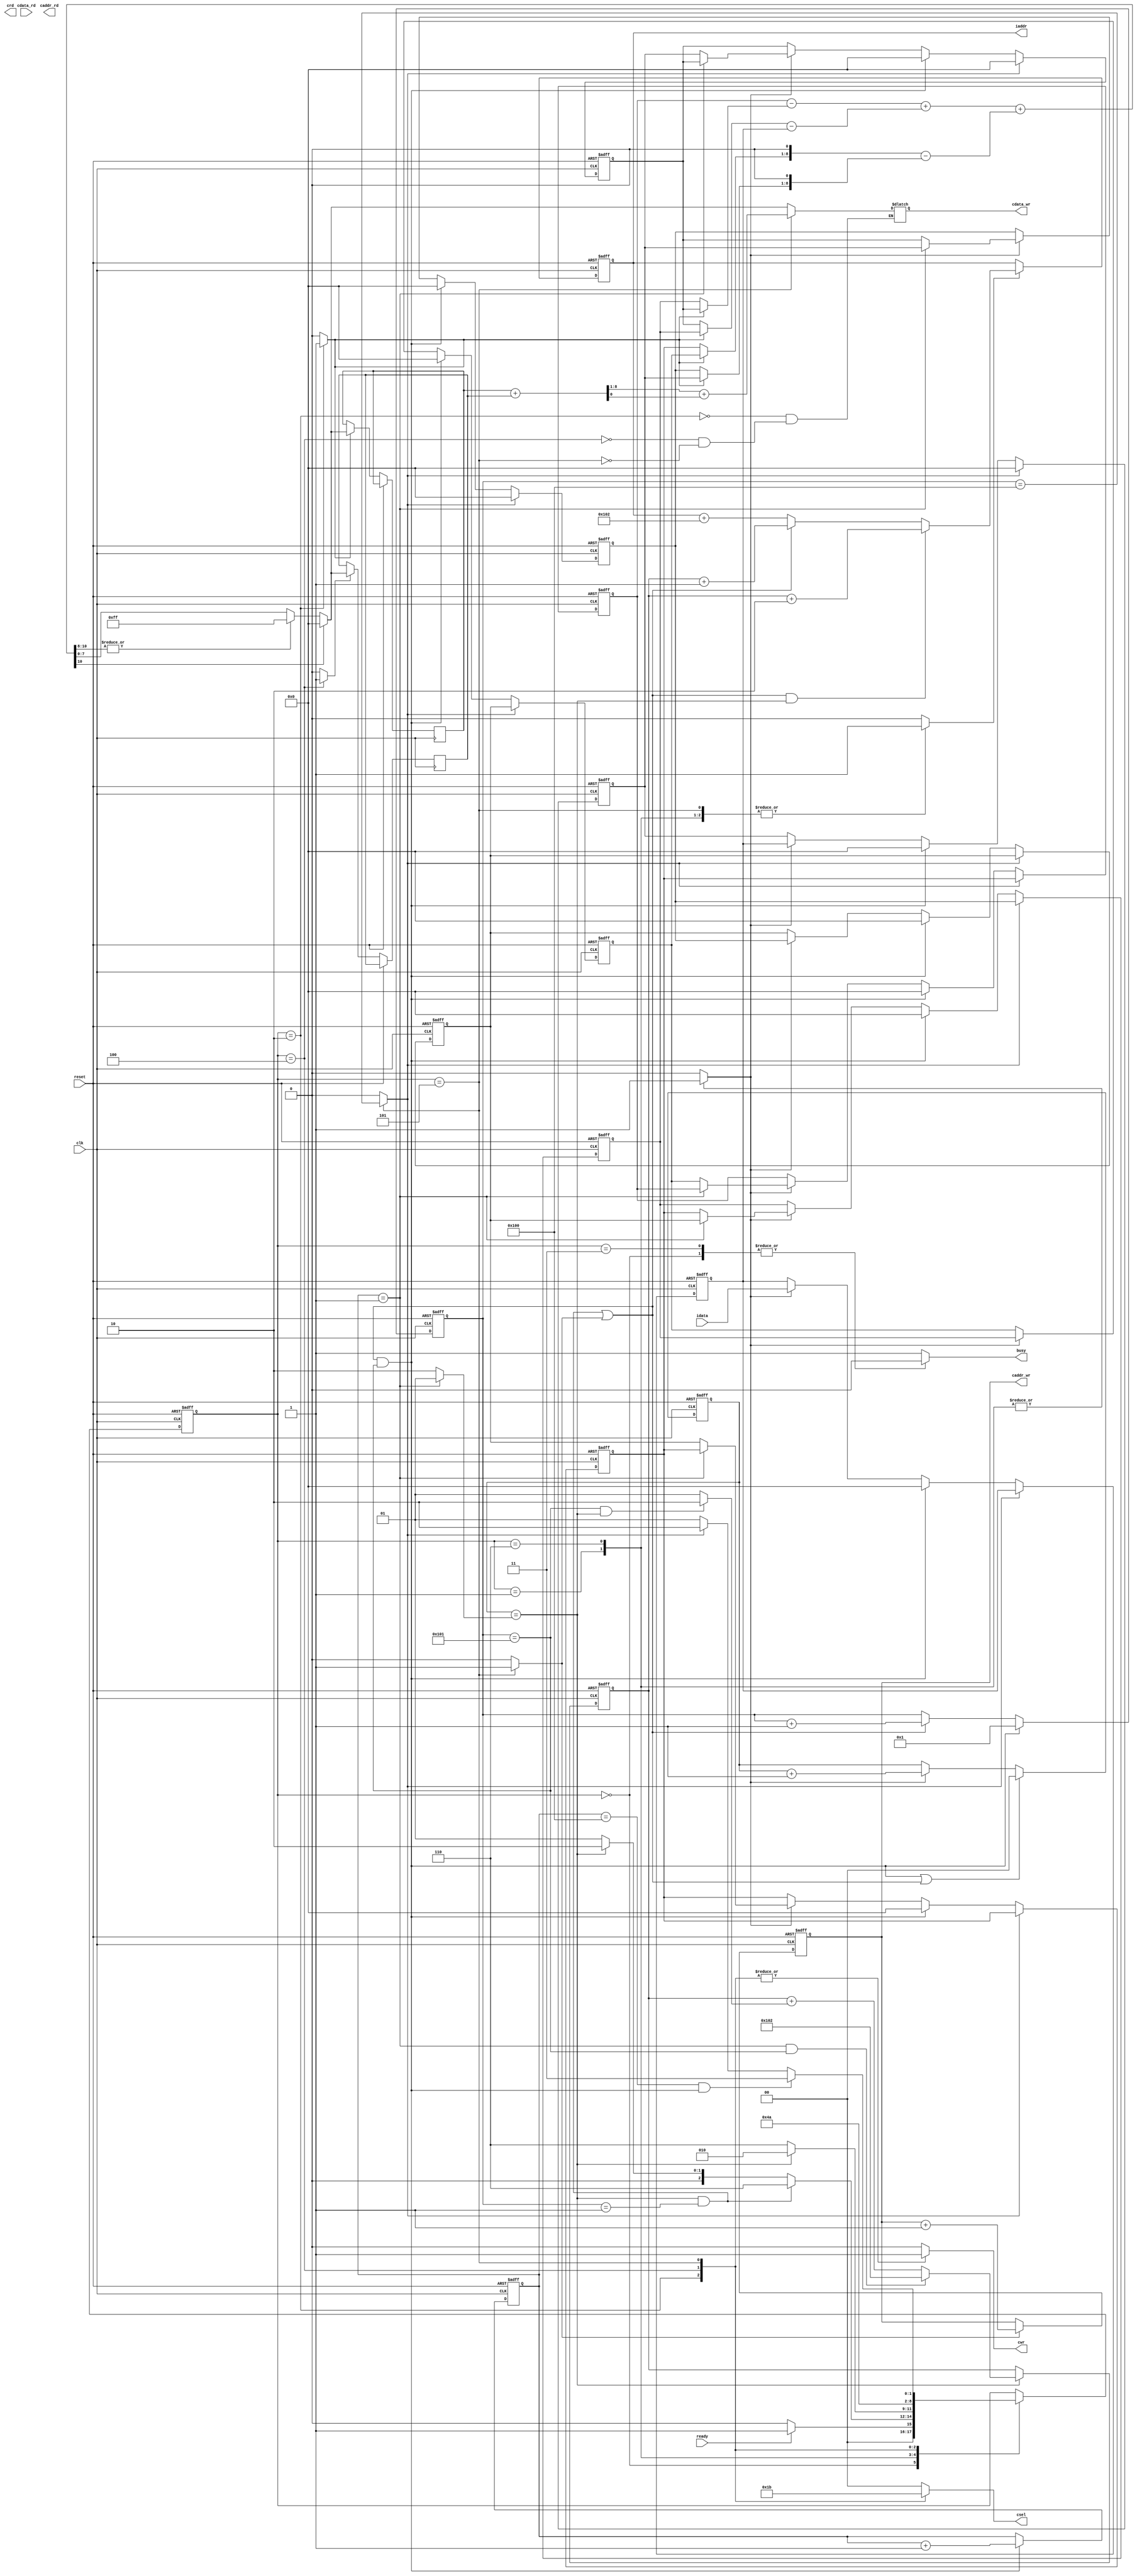

`timescale 1ns/10ps

module  SOBEL(clk,reset,busy,ready,iaddr,idata,cdata_rd,cdata_wr,caddr_rd,caddr_wr,cwr,crd,csel	);
input				clk;
input				reset;
output	reg 		busy;	
input				ready;	
output 	reg [16:0]		iaddr;
input  	[7:0]		idata;	
input	[7:0]		cdata_rd;
output	reg [7:0]		cdata_wr;
output 	[15:0]		caddr_rd;
output 	reg [15:0]	caddr_wr;
output	reg         cwr;
output              crd;
output 	reg [1:0]	csel;

parameter STATE_INIT   = 3'b0,
          STATE_REC    = 3'b1,
          STATE_SEND_X = 3'b10,
          STATE_SEND_Y = 3'b100,
          STATE_SEND_F = 3'b101,
          STATE_FIN    = 3'b11,
          STATE_SEC_REC = 3'b110;
integer i;
reg [2:0] state;
reg [2:0] nxt_state;
reg [7:0] buffer[8:0];
reg [8:0] row;
reg [8:0] col;
reg [1:0] cnt;
reg act_cnt;
reg [16:0] base_addr;
reg nxt;
reg incr_addr;
reg incr_w_addr;
reg x;
reg y;
reg data_ok;
reg [7:0]data_x;
reg [7:0]data_y;
wire [8:0]combine;
wire next_state;
wire [1:0] cmp_cnt;
wire nxt_col;
wire nxt_row;
wire first_row;
wire first_col;
wire last_row;
wire last_col;
wire [16:0] add_base_addr;
wire [16:0] add_i_addr1;
wire [16:0] add_i_addr2;
wire [7:0] mul1;
wire [7:0] mul2;
wire [7:0] mul3;
wire [7:0] mul4;
wire signed [8:0] add1;
wire signed [9:0] add2;
wire signed [8:0] add3;
wire signed [10:0] result;
wire [7:0] ans;
reg end_row;

assign first_row = row == 9'b1;
assign first_col = col == 9'b1;
assign cmp_cnt   = (first_row) ? 2'b01 : 2'b10;
assign next_state = cnt == cmp_cnt;
assign nxt_col   = (next_state & first_col) | nxt;
assign nxt_row   = nxt_col & last_col;
assign last_row  = row == 9'd256; 
assign last_col  = col == 9'd257;
assign add_base_addr = (last_col & next_state) ? 17'd2:17'd1;
assign add_i_addr1 = (nxt_col & next_state) ? 17'd2 : nxt_col ? 17'd1 : 17'd258;
assign add_i_addr2 = (nxt_col & next_state) ? base_addr : nxt_col ? base_addr : iaddr;

assign mul1 = (x) ? buffer[2] : buffer[6];
assign add1 = {1'b0,buffer[8]} - {1'b0,mul1};
assign mul2 = (x) ? buffer[7] : buffer[5];
assign mul3 = (x) ? buffer[1] : buffer[3];
assign add2 = {1'b0,mul2,1'b0} - {1'b0,mul3,1'b0};
assign mul4 = (x) ? buffer[6] : buffer[2];
assign add3 = {1'b0,mul4} - {1'b0,buffer[0]};
assign result = (add1 + add3) + add2; 
assign ans = result[10] ? 8'b0 : |result[10:8] ? 8'hff : result[7:0];
assign combine = {1'b0,data_x} + {1'b0,data_y};

always@(posedge clk or posedge reset) begin
    if(reset) begin
       state <= STATE_INIT; 
    end
    else begin
        state <= nxt_state;
    end
end

always@(*)begin
    nxt_state = state;
    case(state)
        STATE_INIT  :nxt_state = (ready)?STATE_REC:STATE_INIT;
        STATE_REC   :nxt_state = (next_state & first_col) ? STATE_SEC_REC:(next_state)?STATE_SEND_X:STATE_REC;
        STATE_SEC_REC :nxt_state = (next_state) ? STATE_SEND_X :STATE_SEC_REC;
        STATE_SEND_X:nxt_state =STATE_SEND_Y;
        STATE_SEND_Y:nxt_state =STATE_SEND_F;
        STATE_SEND_F:nxt_state =(last_row & nxt_row)?STATE_FIN :(end_row)? STATE_SEND_X:STATE_REC;
    endcase
end

always@(*) begin
    act_cnt = 1'b0;
    nxt = 1'b0;
    busy = 1'b1;
    incr_addr = 1'b0;
    incr_w_addr = 1'b0;
    csel = 2'b0;
    x = 1'b0;
    y = 1'b0;
    cwr = 1'b0;
    data_ok = 1'b0;
    end_row = 1'b0;
    case(state)
        STATE_INIT:begin
            busy = 1'b0;
        end
        STATE_REC:begin
            act_cnt = 1'b1;
            incr_addr = 1'b1;
            data_ok = 1'b1;
        end
        STATE_SEC_REC:begin
            act_cnt = 1'b1;
            incr_addr = 1'b1;
            data_ok = 1'b1;
        end
        STATE_SEND_X:begin
            csel = 2'b1;
            x = 1'b1;
            cwr = 1'b1;
            cdata_wr = ans;
        end
        STATE_SEND_Y:begin
            cwr = 1'b1;
            csel = 2'b10;
            y = 1'b1;
            cdata_wr = ans;
        end
        STATE_SEND_F:begin
            cwr = 1'b1;
            nxt = 1'b1;
            incr_addr = 1'b1;
            incr_w_addr = 1'b1;
            csel = 2'b11;
            cdata_wr = combine[8:1] + {7'b0,combine[0]};
            end_row = col == 9'd256;
        end
        STATE_FIN:begin
            busy = 1'b0;
        end
    endcase
end

always@(posedge clk or posedge reset) begin
    if(reset) begin
        col <= 9'b1;
        row <= 9'b1;
        cnt <= 2'b0;
        base_addr <= 17'd258;
        caddr_wr <= 16'd0;
        iaddr <= 17'd259;
    end
    else begin
        col <= (nxt_row) ? 9'b1 : (nxt_col) ? col + 9'b1 : col;
        row <= (nxt_row) ? row + 9'b1 : row;
        cnt <= (nxt_row | nxt_col ) ? 2'b0: act_cnt ? cnt + 2'b1 : cnt; 
        base_addr <=  (~next_state)?base_addr : (first_row & last_col)? 17'd258  : base_addr + add_base_addr;
        caddr_wr <= (incr_w_addr) ? caddr_wr + 16'd1 : caddr_wr;
        iaddr <= (~incr_addr)?iaddr: (nxt_col & next_state) ? base_addr + 17'd2 :  nxt_col ? (base_addr + 17'd1) : iaddr + 17'd258;
        data_x <= (x) ? ans:data_x;
        data_y <= (y) ? ans:data_y;
    end
end

always@(posedge clk or posedge reset) begin
    if(reset) begin
        for(i=0;i<9;i=i+1) 
            buffer[i] <= 8'b0;
    end
    else if(end_row) begin
        {buffer[8],buffer[7],buffer[6]} <= {buffer[5],buffer[4],buffer[3]};
        {buffer[3],buffer[2],buffer[1]} <= 24'b0;
    end
    else if(nxt_row) begin
        for(i=0;i<9;i=i+1) 
            buffer[i] <= 8'b0;
    end
    else if(data_ok) begin
        if(first_row)begin
            buffer[0] <= idata;
            buffer[1] <= buffer[0];
            buffer[3] <= buffer[1];
            buffer[4] <= buffer[3];
            buffer[6] <= buffer[4];
            buffer[7] <= buffer[6];  
        end
        else begin
            buffer[0] <= idata;
            for(i=0;i<8;i=i+1) 
                buffer[i+1] <= buffer[i];
        end
    end
end

endmodule